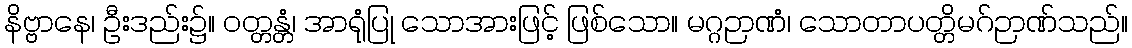
နိဗ္ဗာနေ၊ ဦးဒည်း၌။ ဝတ္တန္တံ၊ အာရုံပြု သောအားဖြင့် ဖြစ်သော။ မဂ္ဂဉာဏံ၊ သောတာပတ္တိမဂ်ဉာဏ်သည်။